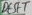
Text: RESET